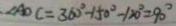
\angle A O C = 3 6 0 ^ { \circ } - 1 5 0 ^ { \circ } - 1 2 0 ^ { \circ } = 9 0 ^ { \circ }